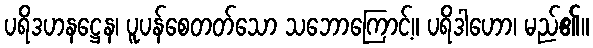
ပရိဒဟနဋ္ဌေန၊ ပူပန်စေတတ်သော သဘောကြောင့်။ ပရိဒါဟော၊ မည်၏။